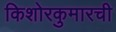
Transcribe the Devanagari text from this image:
किशोरकुमारची